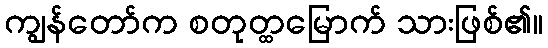
ကျွန်တော်က စတုတ္ထမြောက် သားဖြစ်၏။